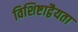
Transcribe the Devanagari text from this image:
विशिष्टाद्वैयता